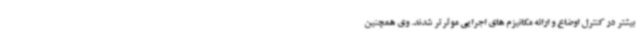
بیشتر در کنترل اوضاع و ارائه مکانیزم های اجرایی موثرتر شدند. وی همچنین